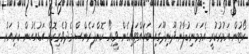
ކޯޓުން އަމުރުކުރީ އެމަމަނިކުފާނު ދޫނިދޫގައި ބަހައްޓައިގެން ވީޑިއޯ ކޮންފަރެންސް މެދުވެރިކޮށް އަޑުއެހުން ކުރިއަށް